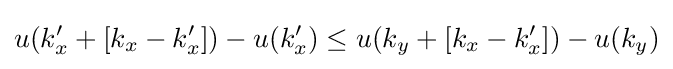
u(k_{x}'+[k_{x}-k_{x}'])-u(k_{x}')\leq u(k_{y}+[k_{x}-k_{x}'])-u(k_{y})